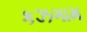
કઝગામ